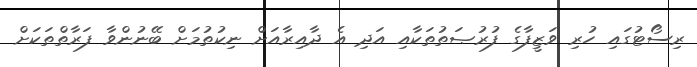
ރިސޯޓުގައި ހުރި ވަޒީފާގެ ފުރުޞަތުތަކާއި އަދި އެ ދާއިރާއަށް ނިކުތުމަށް ބޭނުންވާ ފަރާތްތަކަށް